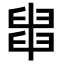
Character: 𦦀